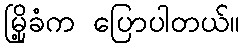
မြို့ခံက ပြောပါတယ်။